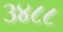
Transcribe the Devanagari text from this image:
३४८८